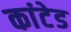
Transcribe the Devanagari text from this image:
कांटेड